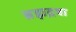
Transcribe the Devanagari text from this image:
ब्रह्मद्रवा